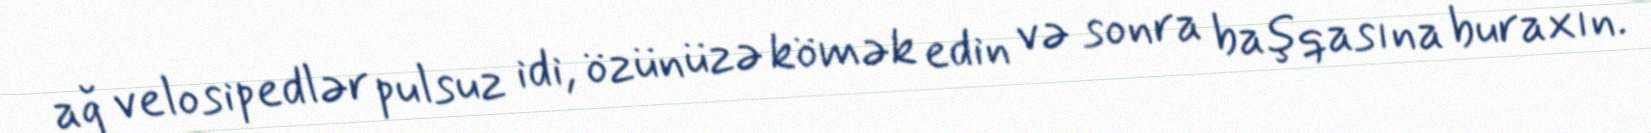
ağ velosipedlər pulsuz idi, özünüzə kömək edin və sonra başqasına buraxın.